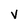
Character: V